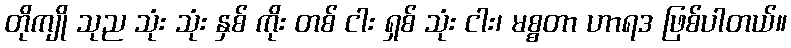
တိုကျို သုည သုံး သုံး နှစ် ကိုး တစ် ငါး ရှစ် သုံး ငါး၊ မစ္စတာ ဟာရဒ ဖြစ်ပါတယ်။